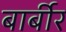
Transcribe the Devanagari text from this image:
बार्बीर